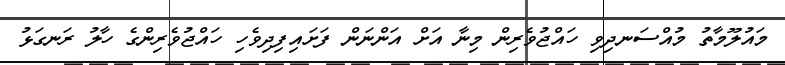
މައުލޫމާތު މުއްސަނދިވި ހައްޖުވެރިން މިނާ އަށް އަންނަން ފަށައިފިދިވެހި ހައްޖުވެރިންގެ ހާލު ރަނގަޅު